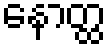
နောတ္ထ